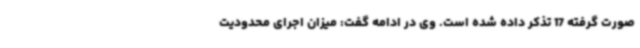
صورت گرفته 17 تذکر داده شده است. وی در ادامه گفت: میزان اجرای محدودیت